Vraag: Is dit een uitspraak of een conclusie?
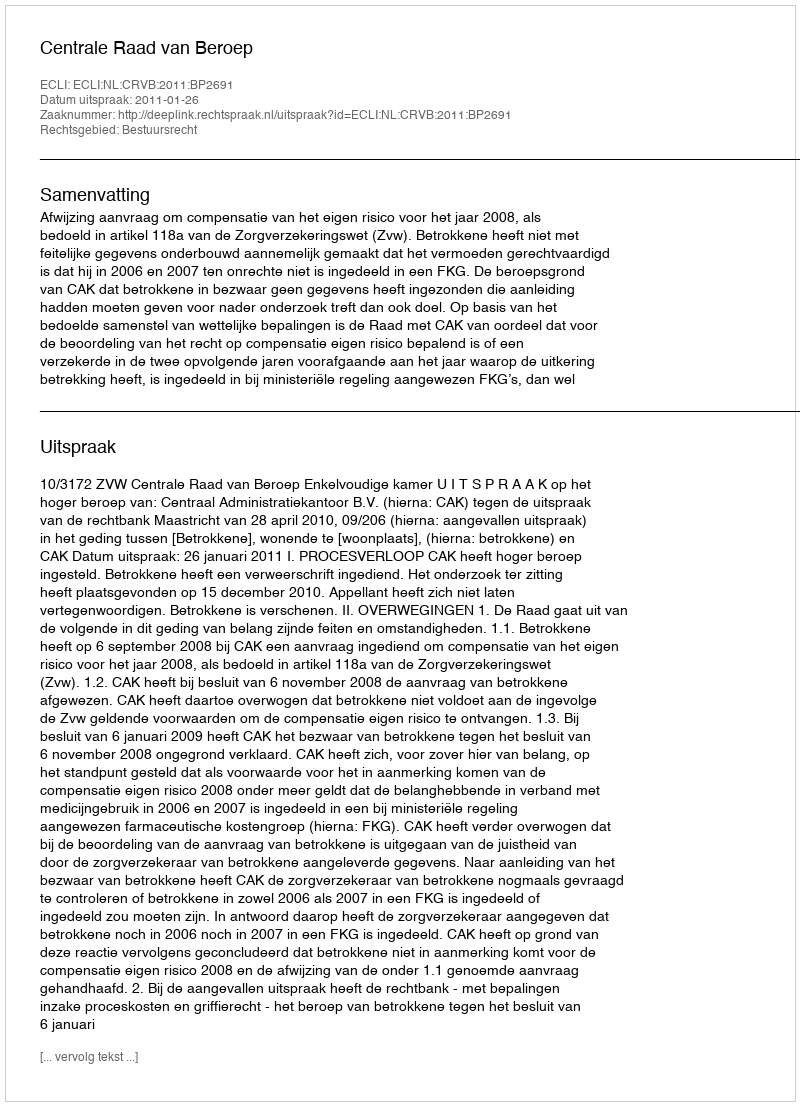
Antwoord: Uitspraak